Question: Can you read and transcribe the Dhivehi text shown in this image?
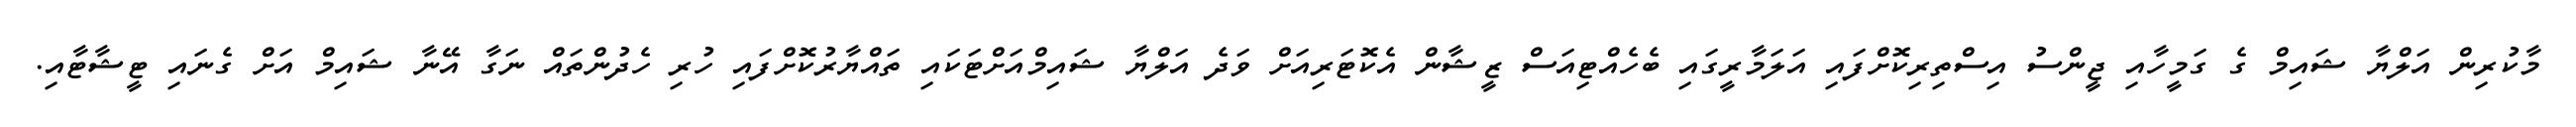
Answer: މާކުރިން އަލްޔާ ޝައިމް ގެ ގަމީހާއި ޖީންސު އިސްތިރިކޮށްފައި އަލަމާރީގައި ބެހެއްޓިއަސް ޒީޝާން އެކޮޓަރިއަށް ވަދެ އަލްޔާ ޝައިމްއަށްޓަކައި ތައްޔާރުކޮށްފައި ހުރި ހެދުންތައް ނަގާ އޭނާ ޝައިމް އަށް ގެނައި ޓީޝާޓާއި.